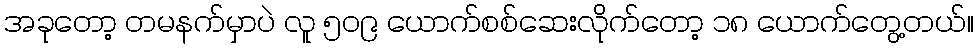
အခုတော့ တမနက်မှာပဲ လူ ၅၀၉ ယောက်စစ်ဆေးလိုက်တော့ ၁၈ ယောက်တွေ့တယ်။